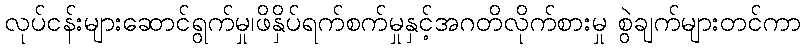
လုပ်ငန်းများဆောင်ရွက်မှု၊ဖိနှိပ်ရက်စက်မှုနှင့်အဂတိလိုက်စားမှု စွဲချက်များတင်ကာ